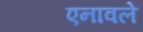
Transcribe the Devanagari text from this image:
एनावले